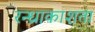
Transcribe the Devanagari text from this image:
रन्ध्राकाशता